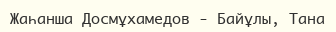
Жаһанша Досмұхамедов - Байұлы, Тана